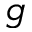
g